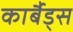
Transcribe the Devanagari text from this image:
कार्बैड्स